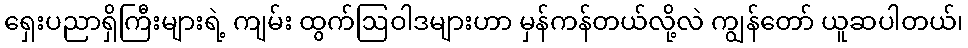
ရှေးပညာရှိကြီးများရဲ့ ကျမ်း ထွက်ဩဝါဒများဟာ မှန်ကန်တယ်လို့လဲ ကျွန်တော် ယူဆပါတယ်၊